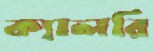
ক্যালরি